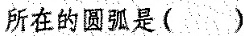
所在的圆弧是()